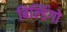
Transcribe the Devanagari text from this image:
बिल्डिंगो